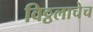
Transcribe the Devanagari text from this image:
विठ्ठलाचेच